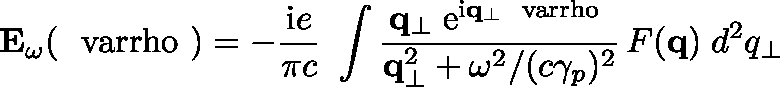
{ \bf E } _ { \omega } ( { \mathrm { \boldmath ~ \ v a r r h o ~ } } ) = - { \frac { \mathrm { i } e } { \pi c } } \ \int { \frac { { \bf q } _ { \bot } \; \mathrm { e } ^ { \mathrm { i } { \bf q } _ { \bot } { \mathrm { \scriptsize \boldmath ~ \ v a r r h o ~ } } } } { { \bf q } _ { \bot } ^ { 2 } + \omega ^ { 2 } / ( c \gamma _ { p } ) ^ { 2 } } } \, F ( { \bf q } ) \; d ^ { 2 } q _ { \bot } \,